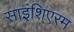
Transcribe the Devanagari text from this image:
साइंशिएरम